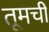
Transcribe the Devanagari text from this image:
तूमची